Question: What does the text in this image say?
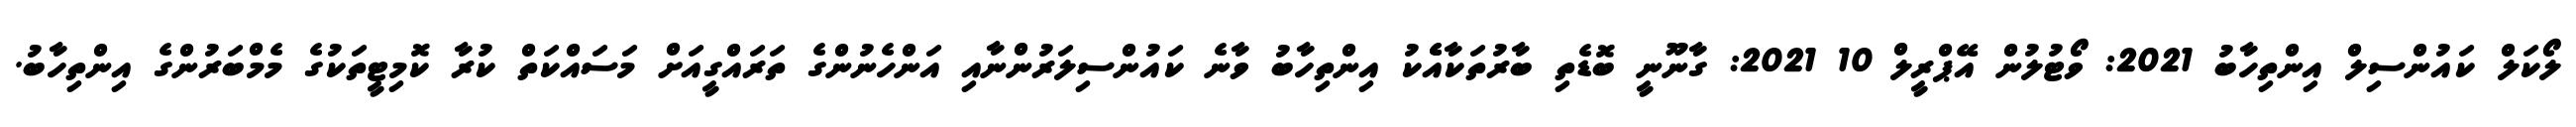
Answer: ލޯކަލް ކައުންސިލް އިންތިހާބު 2021: ވޯޓުލުން އޭޕްރީލް 10 2021: ގާނޫނީ ބޮޑެތި ބާރުތަކާއެެކު އިންތިހާބު ވާނެ ކައުންސިލަރުންނާއި އަންހެނުންގެ ތަރައްގީއަށް މަސައްކަތް ކުރާ ކޮމިޓީތަކުގެ މެމްބަރުންގެ އިންތިހާބު.